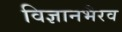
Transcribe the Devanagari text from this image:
विज्ञानभैरव